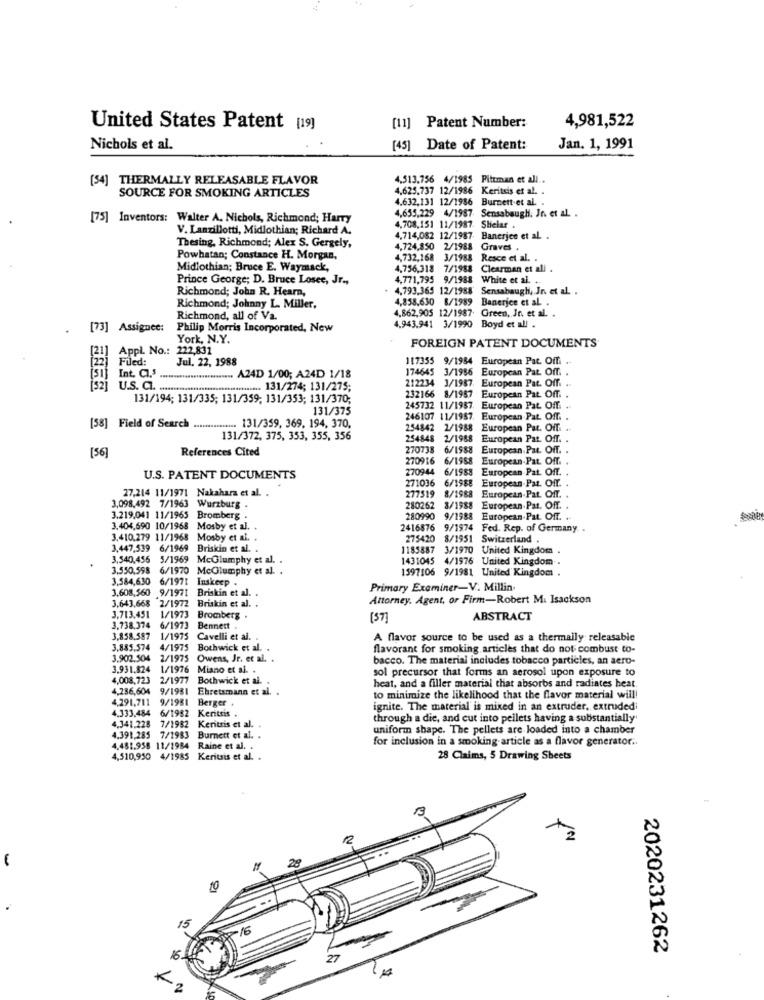
[11] Patent Number:
United States Patent [19]
4,981,522
Nichols et al.
[4]
Date of Patent:
Jan. 1, 1991
[54] THERMALLY RELEASABLE FLAVOR
4,513,756 4/1985
Pittman et all ..
4.625,737 12/1986 Keritsis et al. .
SOURCE FOR SMOKING ARTICLES
4.632,131 12/1986 Burnett-et al. .
[75] Inventors: Walter A. Nichols, Richmond; Harry
4,655,229 4/1987 Sensabaugh, Jn et al. .
V. Lanzillotti, Midlothian; Richard A.
4,708,151 11/1987. Shelar.
4,714,082 12/1987 Banerjee et al .
Thesing, Richmond; Alex S. Gergely,
4,724,850 2/1988
Graves .
Powhatan; Constance H. Morgan,
4,732,168 3/1988 Resce et al. .
Midlothian; Bruce E. Waymack,
4,756,318 7/1988
Clearman et all .
Prince George; D. Bruce Losee, Jr .,
4.771,795 9/1988 White et al. ..
Richmond; John R. Hearn,
4,793,365 12/1988 Sensabaugh, Jn. et al. .
4,858,630 8/1989 Banerjee et al. .
Richmond; Johnny L. Miller,
Richmond, all of Va.
4,862,905 12/1987. Green, Jn. et al. .
[73] Assignee:
Philip Morris Incorporated, New
4,943,941 3/1990 Boyd et all .
York, N.Y.
FOREIGN PATENT DOCUMENTS
[21]
Appl. No .: 222,831
[22] Filed:
Jul. 22, 1988
117355 9/1954 European Pat. Offi
174645 3/1956 European Pat Off.
[51] Int. C.s.
***********............... A24D 1/00; A24D 1/18
212234 3/1987. European Pat. Off.
[52] U.S. C .. ................................. 131/274; 131/275;
131/194; 131/335; 131/359, 131/353; 131/370;
232166 8/1987 European Pat. Off.
131/375
245732 11/1987. European Pat. Off. ..
246107 11/1957.
European Pat. Off. .
[58] Field of Search .............. 131/359, 369. 194, 370.
254842 2/1988
European Pat. Off.
131/372, 375, 353, 355, 356
254848
2/1988
European Pat. Off.
References Cited
270738
6/1988
European Put. Off. .
[56]
270916
6/1958
European.Pat. Off.
270944
6/1988
European Pat. Off. .
U.S. PATENT DOCUMENTS
6/1988
European-Pat. Off. .
27,214 11/1971 Nakahara et al. .
271036
277519
8/1988
European.Pat. Off. .
3,098,492 7/1963 Wurzburg .
280262
3/1988
European.Pat. Off. .
3,219,041 11/1965 Bromberg .
280990 9/1988 European-Pat. Off. ..
3,404,690 10/1968 Mosby et al.
2416876 9/1974 Fed. Rep. of Germany
3.410,279 11/1968 Mosby et al. .
275420
8/1951 Switzerland .
3,447,539 6/1969
Briskin et al. .
1185887
3/1970 United Kingdom .
3,540,456 5/1969 McGlumphy et al. .
1431045 4/1976 United Kingdom -.
3,550,598 6/1970 McGlumphy et al. .
1597106 9/1981 United Kingdom .
3,584,630
6/1971 Inskeep
3.608,560
Briskin et al. .
Primary Examiner-V. Millin
3.643,668
2/1972
Briskin et al. .
Attorney. Agent, or Firm-Robert M. Isackson
3,713.451
1/1973 Bromberg .
[3]
ABSTRACT
3,738.374
6/1973 Bennett .
3,858.587
1/1975 Cavelli et al.
A flavor source to be used as a thermally releasable
3.885,574 4/1975 Bothwick et al.
flavorant for smoking articles that do not combust to-
3.902.504 2/1975 Owens, Jr. et al. .
bacco. The material includes tobacco particles, an aero-
3.931,824 1/1976 Miano et al. .
sol precursor that forms an aerosol upon exposure to
4,008,723
2/1977
Bothwick et al .
4,236,604 9/1981
Ebretamann et al. .
heat, and a filler material that absorbs and radiates heat.
4,291,711
9/1981
Berger
to minimize the likelihood that the flavor material will!
4.333,484
6/1982
Keritsis
ignite. The material is miked in an extruder, extruded
through a die, and cut into pellets having a substantially'
4.341,228
7/1983
7/1982
Keritsis et al. .
uniform shape. The pellets are loaded into a chamber
1.391,285
Burnett et al. .
for inclusion in a smoking-article as a flavor generator ..
4.481,958 11/1984
Raine et al. .
4,510,930 4/1985 Keritsis et al. .
28 Claims, 5 Drawing Sheets
20
10
15
.16
2020231262
27
2